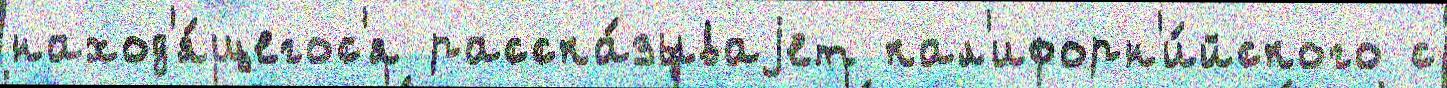
наход'я́щегос'я расска́зываjет кал'ифорн'и́йского с